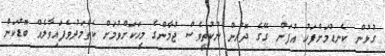
ގުޅުން ކެނޑުމަށްފަހު އުފަން ގޭގެ ދޮރުން ނުކުތީވެސް ޖުމާންގެ މީހަކަށްވުމަށް ކެތްމަދުވެފައިވާލެއް ބޮޑުކަން